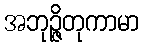
အဘုဉ္ဇိတုကာမာ